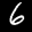
Label: 6